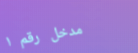
مدخل رقم ١